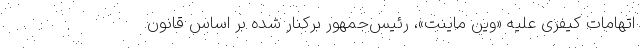
اتهامات کیفری علیه «وین ماینت»، رئیس‌جمهور برکنار شده بر اساس قانون